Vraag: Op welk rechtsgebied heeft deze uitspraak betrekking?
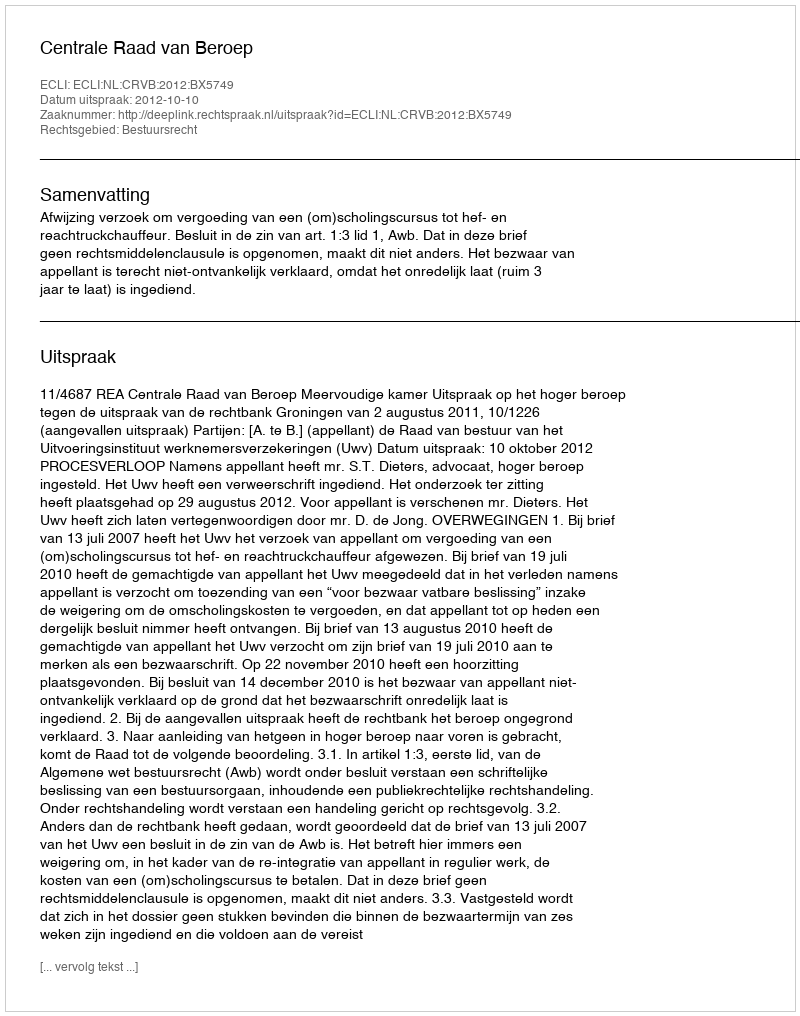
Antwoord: Bestuursrecht